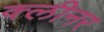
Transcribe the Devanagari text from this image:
क्‍लीनर